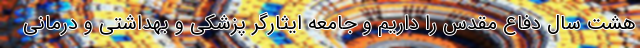
هشت سال دفاع مقدس را داریم و جامعه ایثارگر پزشکی و بهداشتی و درمانی